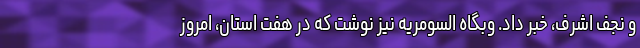
و نجف اشرف، خبر داد. وبگاه السومریه نیز نوشت که در هفت استان، امروز